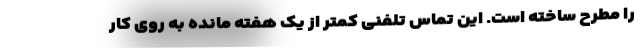
را مطرح ساخته است. این تماس تلفنی کمتر از یک هفته مانده به روی کار